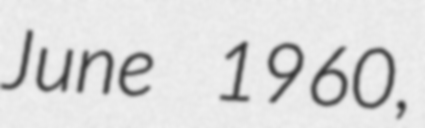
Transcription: June 1960,